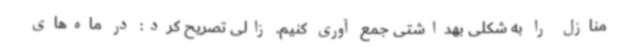
منازل را به شکلی بهداشتی جمع آوری کنیم. زالی تصریح کرد: در ماه‌های